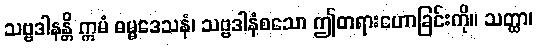
သဗ္ဗဒါနန္တိ ဣမံ ဓမ္မဒေသနံ၊ သဗ္ဗဒါနံစသော ဤတရားဟောခြင်းကို။ သတ္ထာ၊